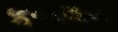
કધાલન